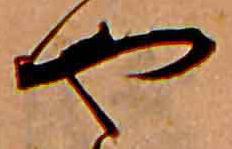
や